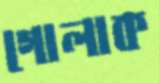
গোলাক